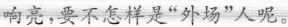
响亮，要不怎样是”外场”人呢。